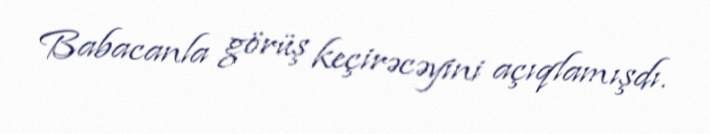
Babacanla görüş keçirəcəyini açıqlamışdı.